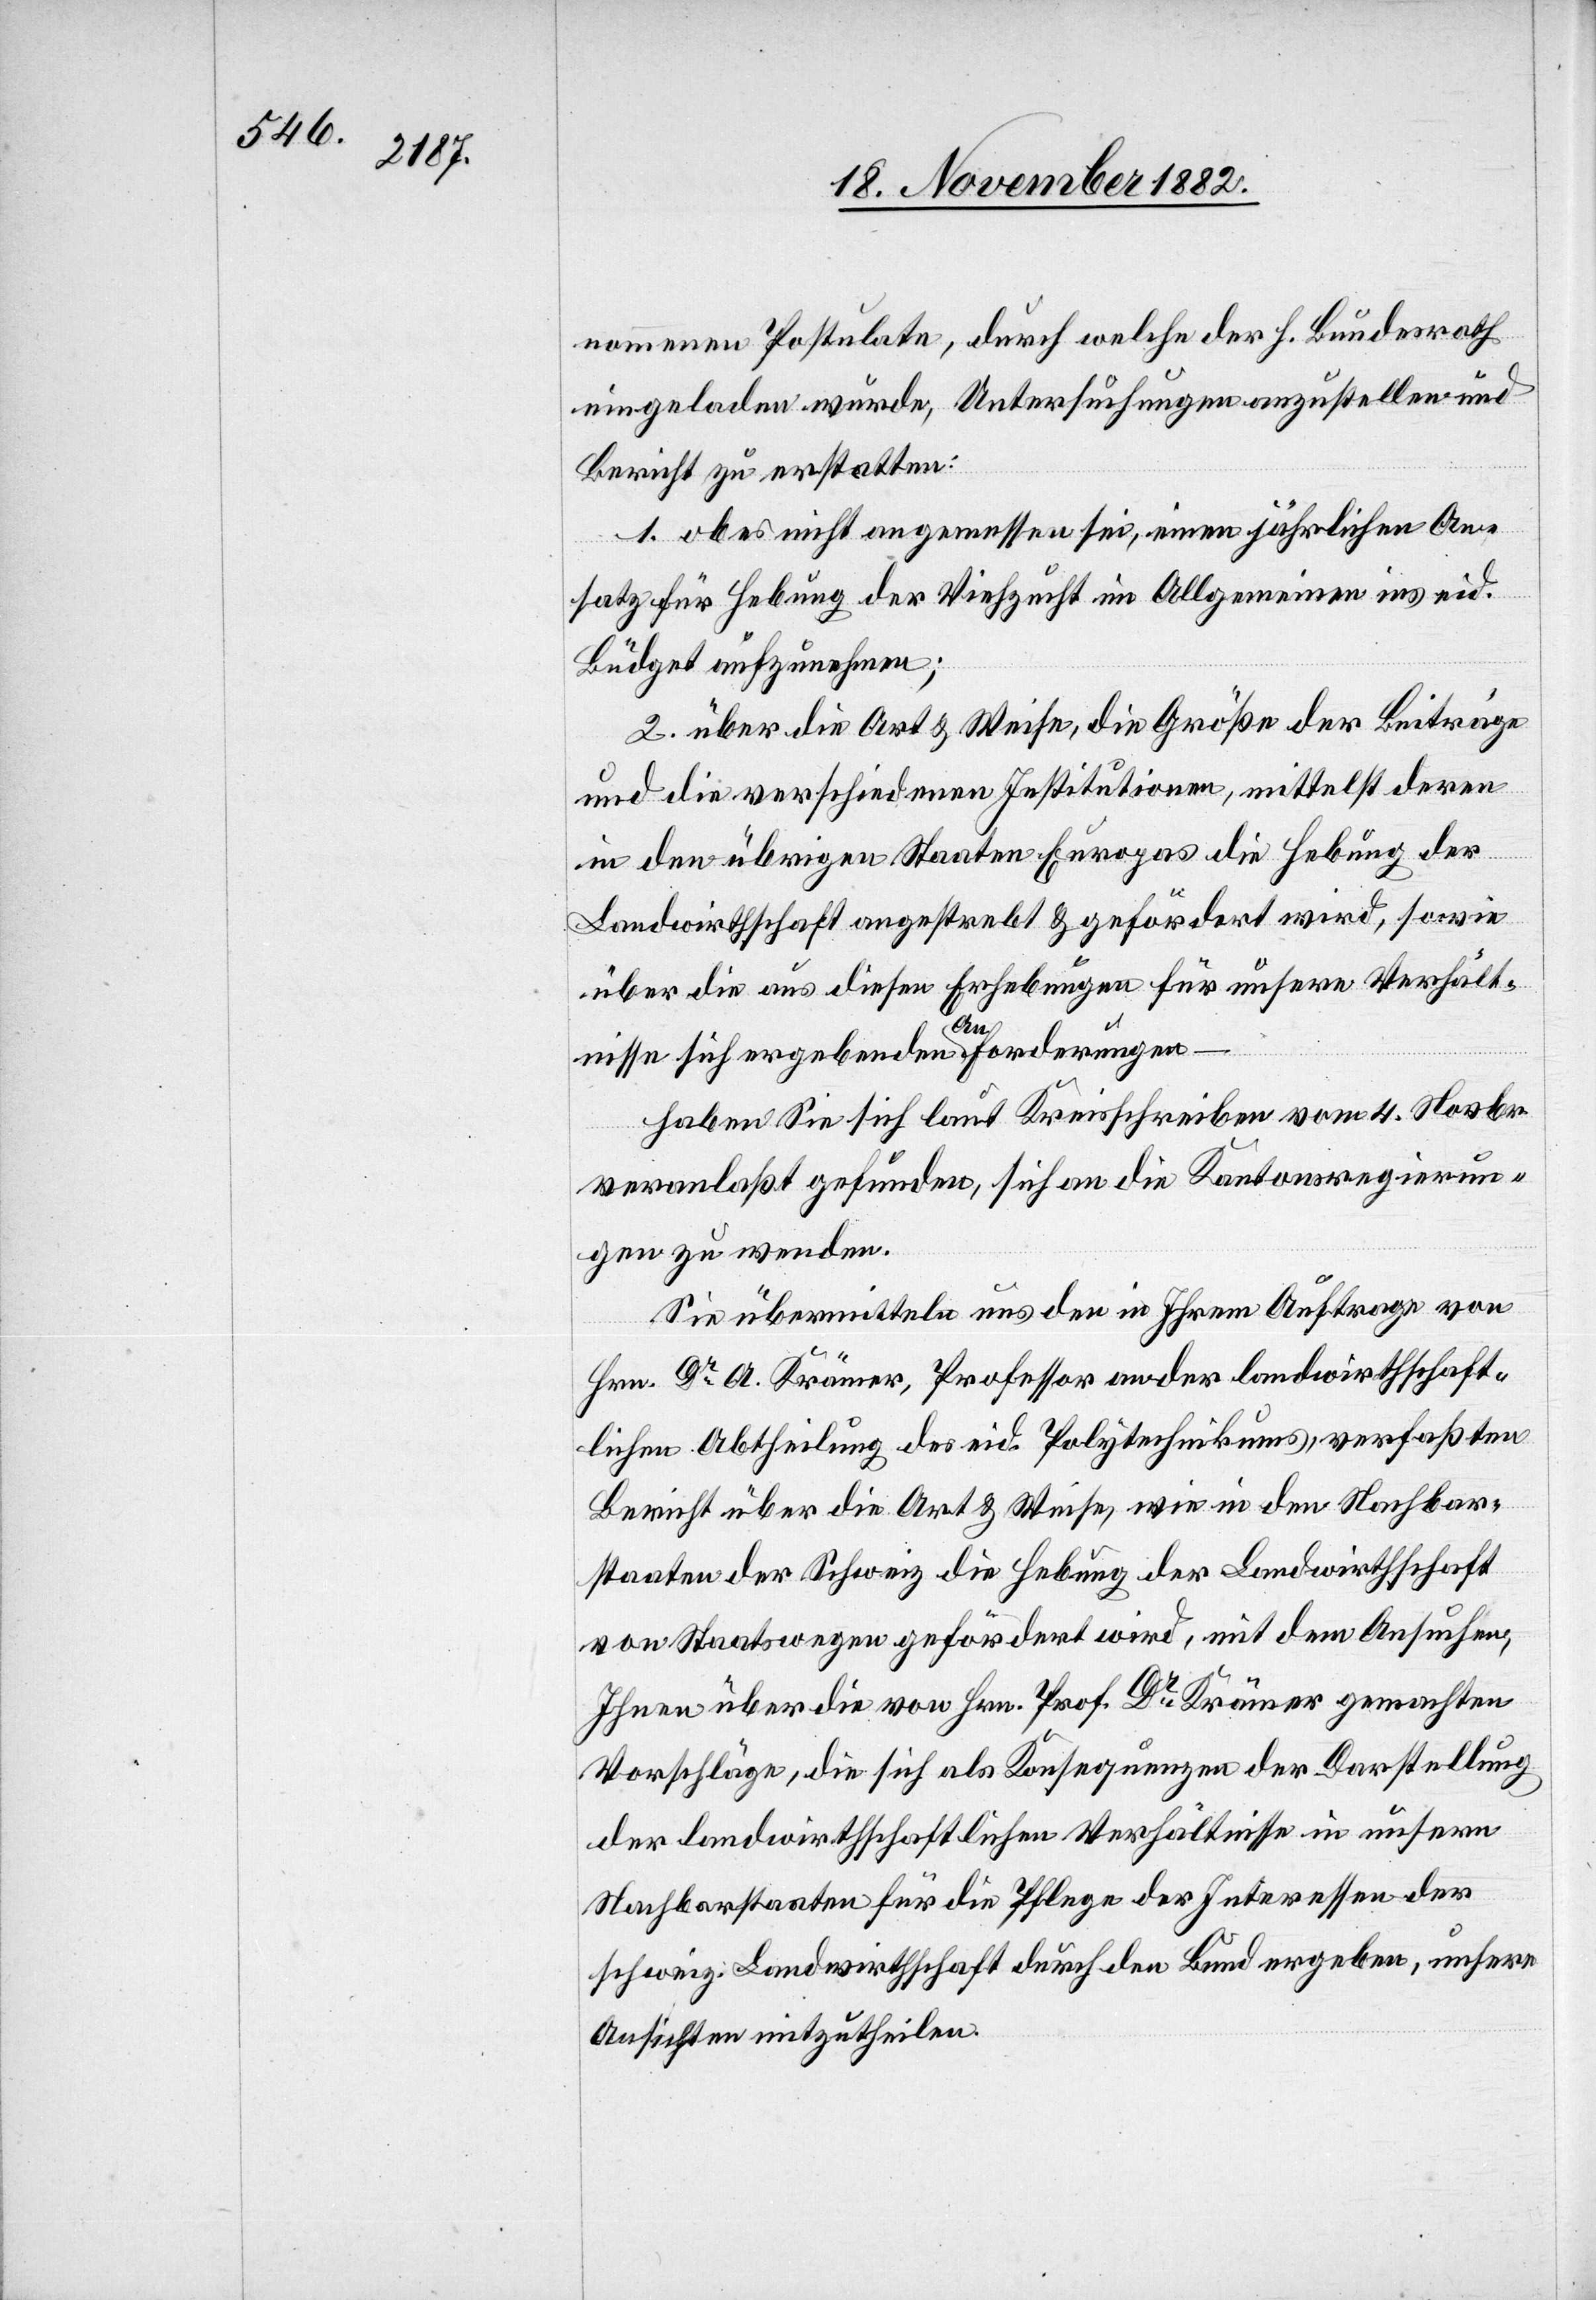
nommenen Postulate, durch welche der h. Bundesrath
eingeladen wurde, Untersuchungen anzustellen und
Bericht zu erstatten:
1. ob es nicht angemessen sei, einen jährlichen An¬
satz für Hebung der Viehzucht im Allgemeinen ins eid.
Büdget aufzunehmen;
2. über die Art & Weise, die Größe der Beiträge
und die verschiedenen Institutionen, mittelst deren
in den übrigen Staaten Europas die Hebung der
Landwirthschaft angestrebt & gefördert wird, sowie
über die aus diesen Erhebungen für unsere Verhält¬
–
forderungen
nisse sich ergebenden
haben Sie sich laut Kreisschreiben vom 4. Novbr.
veranlaßt gefunden, sich an die Kantonsregierun¬
gen zu wenden.
Sie übermitteln uns den in Ihrem Auftrage von
Hrn. Dr A. Krämer, Professor an der landwirthschaft¬
lichen Abtheilung des eid. Polytechnikums, verfaßten
Bericht über die Art & Weise, wie in den Nachbar¬
staaten der Schweiz die Hebung der Landwirthschaft
von Staatswegen gefördert wird, mit dem Ansuchen,
Ihnen über die von Hrn. Prof. Dr Krämer gemachten
Vorschläge, die sich als Konsequenzen der Darstellung
der landwirthschaftlichen Verhältnisse in unsern
Nachbarstaaten für die Pflege der Interessen der
schweiz. Landwirthschaft durch den Bund ergeben, unsere
Ansichten mitzutheilen.